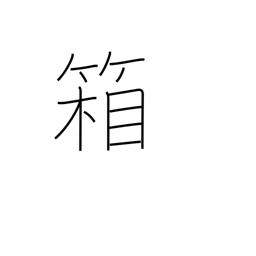
Meaning: box